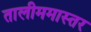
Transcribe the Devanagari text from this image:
तालीममास्तर